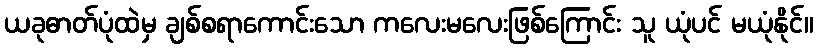
ယခုဓာတ်ပုံထဲမှ ချစ်စရာကောင်းသော ကလေးမလေးဖြစ်ကြောင်း သူ ယုံပင် မယုံနိုင်။